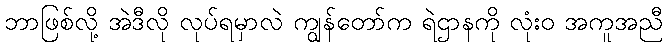
ဘာဖြစ်လို့ အဲဒီလို လုပ်ရမှာလဲ ကျွန်တော်က ရဲဌာနကို လုံးဝ အကူအညီ